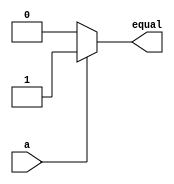
module mux1 ( a, equal );
  input a; 
  output  equal;   
  
  assign equal = a ? 1 : 0;
endmodule